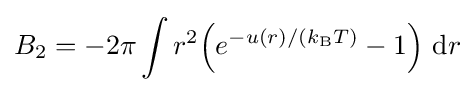
B_{2}=-2\pi \int r^{2}{{\Big (}e^{-u(r)/(k_{\text{B}}T)}-1{\Big )}}~\mathrm {d} r